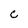
Character: C